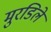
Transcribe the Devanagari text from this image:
मुरडिले